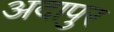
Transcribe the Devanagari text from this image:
अदापुर